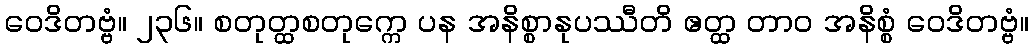
ဝေဒိတဗ္ဗံ။ ၂၃၆။ စတုတ္ထစတုက္ကေ ပန အနိစ္စာနုပဿီတိ ဧတ္ထ တာဝ အနိစ္စံ ဝေဒိတဗ္ဗံ။